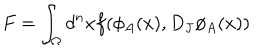
LaTeX: F = \int _ { \Omega } d ^ { n } x f ( \phi _ { A } ( x ) , D _ { J } \phi _ { A } ( x ) )